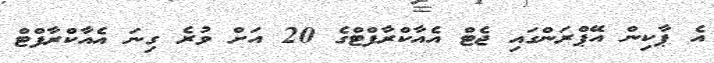
އެ ޕާކިން އޭޕްރަންގައި ޖެޓް އެއާކްރާފްޓްގެ 20 އަށް ވުރެ ގިނަ އެއާކްރާފްޓް